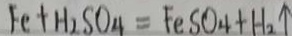
F e + H _ { 2 } S O _ { 4 } = F e S O _ { 4 } + H _ { 2 } \uparrow